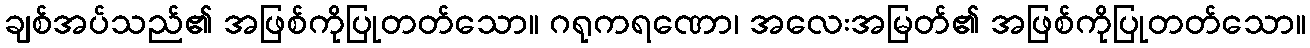
ချစ်အပ်သည်၏ အဖြစ်ကိုပြုတတ်သော။ ဂရုကရဏော၊ အလေးအမြတ်၏ အဖြစ်ကိုပြုတတ်သော။